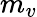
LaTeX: m_{v}